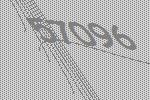
57096